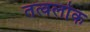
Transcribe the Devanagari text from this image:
तत्वलोक